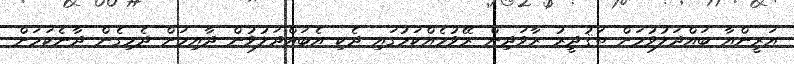
އަރީންއާ ބައްދަލުވުމަށް ތަޤުދީރު ރާވަދިން ރޭވުމެއްކަމުގައި ދެކި އެބައްދަލުވުން ދާއިމަށް ދެމިގެން ދާނެކަމަށް